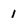
Character: 1